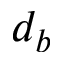
d _ { b }